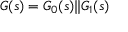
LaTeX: G ( s ) = G _ { 0 } ( s ) \Vert G _ { 1 } ( s )